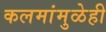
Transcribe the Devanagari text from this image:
कलमांमुळेही